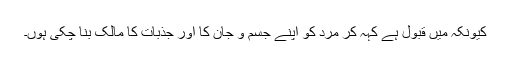
کیونکہ میں قبول ہے کہہ کر مرد کو اپنے جسم و جان کا اور جذبات کا مالک بنا چکی ہوں۔